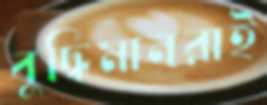
বুদ্ধিমানরাই